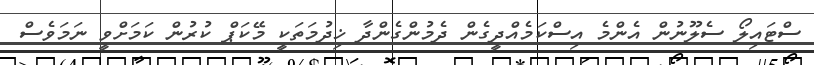
ސްޓައިލޯ ސެލޫނުން އެންމެ އިސްކަމެއްދީގެން ދެމުންގެންދާ ޚިދުމަތަކީ މޭކަޕް ކުރުން ކަމަށްވީ ނަމަވެސް